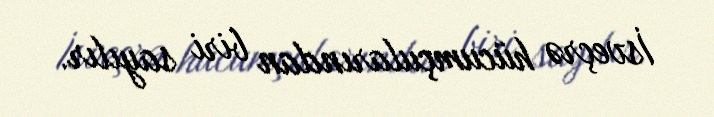
İsveçrə hücumçularından biri sayılır.